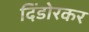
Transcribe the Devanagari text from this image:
दिंडोरकर